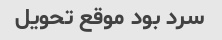
سرد بود موقع تحویل